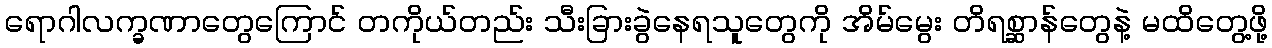
ရောဂါလက္ခဏာတွေကြောင် တကိုယ်တည်း သီးခြားခွဲနေရသူတွေကို အိမ်မွေး တိရစ္ဆာန်တွေနဲ့ မထိတွေ့ဖို့